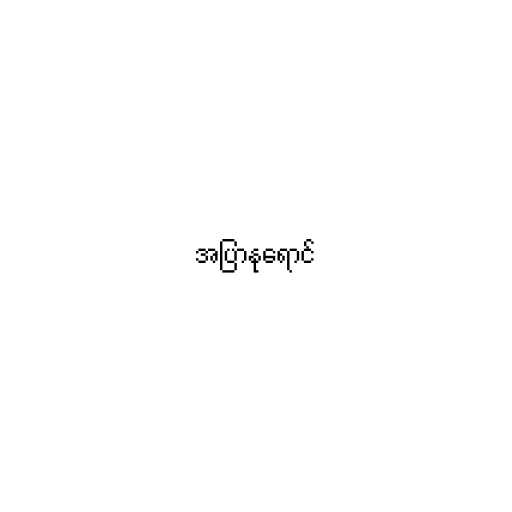
အပြာနုရောင်